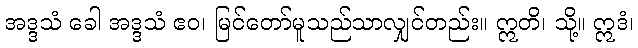
အဒ္ဒသံ ခေါ အဒ္ဒသံ ဧဝ၊ မြင်တော်မူသည်သာလျှင်တည်း။ ဣတိ၊ သို့။ ဣဒံ၊